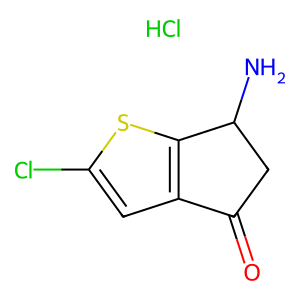
SMILES: Cl.NC1CC(=O)c2cc(Cl)sc21
Inhibits HIV replication: No